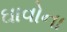
ઘાવોના